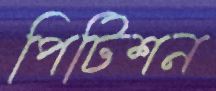
পিটিশন